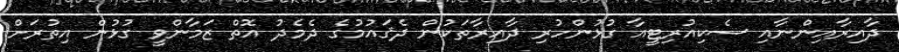
ދާއިރާއިންނާއި ސެކިއުރިޓީއާ ގުޅުންހުރި ދާއިރާތަކުން ދެޤައުމުގެ ދެމެދު އޮތް ޒަމާންވީ ގުޅުން އިތުރަށް